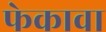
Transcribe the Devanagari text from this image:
फेकावा